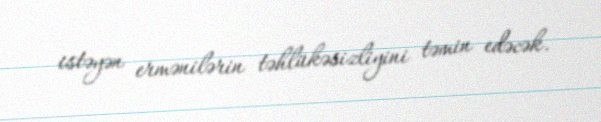
istəyən ermənilərin təhlükəsizliyini təmin edəcək.